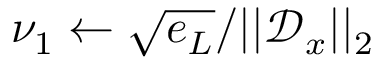
\nu _ { 1 } \leftarrow \sqrt { e _ { L } } / | | \mathcal { D } _ { x } | | _ { 2 }